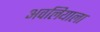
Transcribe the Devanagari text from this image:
अवलियाला